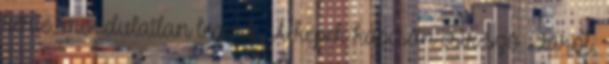
kérte, mozdulatlan legyek. A képek kapcsán esik szó Liáról.